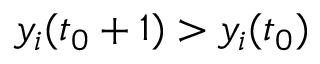
y _ { i } ( t _ { 0 } + 1 ) > y _ { i } ( t _ { 0 } )